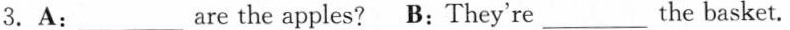
3.A:___are the apples? B:They'rethe ___basket.